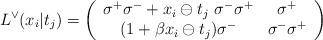
LaTeX: \begin{align*}L^{\vee }(x_i|t_j)=\left( \begin{array}{cc}\sigma^{+}\sigma^{-}+x_{i}\ominus t_{j}~\sigma^{-}\sigma^{+} & \sigma^{+} \\ (1+\beta x_{i}\ominus t_{j})\sigma^{-} & \sigma^{-}\sigma^{+}\end{array}\right)\end{align*}